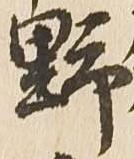
野